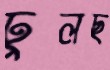
ঢুলছ